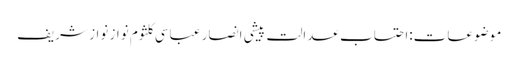
موضوعات:احتساب عدالت پیشی انصار عباسی کلثوم نواز نواز شریف